Sanitation, dispensaries and jails vaccination Rajputana 1922-1927 - 1922-1927
Year: 1922
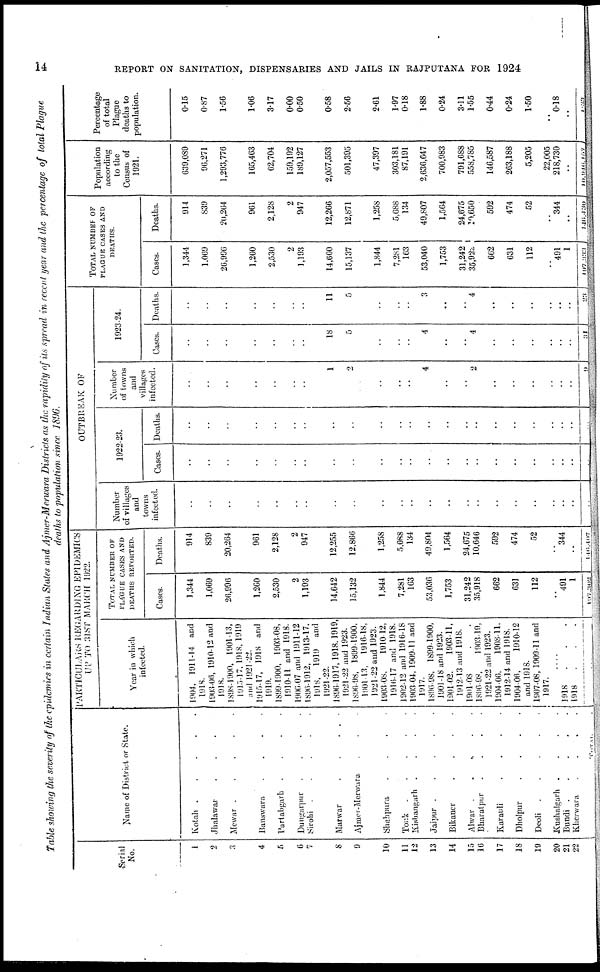
14
REPORT ON SANITATION, DISPENSARIES AND JAILS IN RAJPUTANA FOR 1924
Table showing the severity of the epidemics in certain Indian States and Ajmer-Merwara Districts as the rapidily of its spread in recent year and the percentage of total Plague
deaths to population since 1896.
Serial
No.
1
2
3
4
5
6
7
8
9
10
11
12
13
14
15
16
17
18
19
20
21
22
Name of District or State.
Kotah
Jhalawar ....
Mewar
.
.
.
.
.
Banswara ....
Partabgarh
.
.
.
.
Dungurpur
.
.
.
.
Sirohi
....
Marwar
.....
Ajmer-Merwara ...
Shahpura
.
.
.
.
Tonk
Kishangarh
.
.
.
.
Jaipur
.
.
.
.
.
Bikaner
.
.
.
.
Alwar
......
Bharatpur
.
.
.
.
Karauli
.
.
.
.
Dholpur
.
.
.
.
Deoli
Kushalgarh
.
.
.
.
Bundi
.
.
.
.
.
Kherwara
.
.
.
.
TOTAL.
PARTICULARS REGARDING EPIDEMICS
UP TO 31ST MARCH 1922.
Year in winch
infected.
1904, 1911-14 and
1918.
1903-06, 1910-12 and
1918.
1898-1900, 1901-13,
1915-17, 1918, 1919
and 1921-22.
1915-l7, 1918 and
1919.
1899-1900, 1903-08,
1910-11 and 1918.
1906-07 and 1911-12
1896-1912, 1913-17.
1918,
1919 and
1921-22.
1896-1917,1918.1919,
1921-22 and 1923.
1896-98, 1899-1900,
1901-13, 1916-18,
1921-22 and 1923.
1903-08,
1910-12,
1916-17 and 1918.
1902-12 and 1916-18
1903-04, 1909-11 and
1917.
1896-98, 1899-1900,
1901-18 and 1923.
1901-02.
1903-11,
1912-13 and 1918.
1901-08
1896-98,
1903-19,
1921-22 and 1923.
1904-06
1908-11.
1912-14 and 1918.
1904-06,
1910-12
and 1918.
1907-08, 1909-11 and
1917.
....
1918...
1918...
TOTAL NUMBER OF
PLAGUE CASES AND
DEATHS REPORTED.
Cases.
1,344
1,069
26,996
1,260
2,530
2
1,193
14,642
15,132
1,844
7,281
163
53,036
1,753
31,242
35,918
662
631
112
..
491
1
107,302
Deaths.
914
839
20,264
961
2,128
2
947
12,255
12,866
1,258
5,688
134
49,804
1,564
24,675
10,646
592
474
52
..
344
..
146,107
OUTBREAK OF
Number
of villages
and
towns
infected.
..
..
..
..
..
..
..
..
..
..
..
..
..
..
..
..
..
..
..
..
..
..
..
1922-23.
Cases.
..
..
..
..
..
..
..
..
..
..
..
..
..
..
..
..
..
..
..
..
..
..
..
Deaths.
..
..
..
..
..
..
..
..
..
..
..
..
..
..
..
..
..
..
..
..
..
..
..
Number
of towns
and
villages
infected.
..
..
..
..
..
..
..
1
2
..
..
..
4
..
..
2
..
..
..
..
..
..
9
1923-24.
Cases.
..
..
..
..
..
..
..
18
5
..
..
..
4
..
..
4
..
..
..
..
..
..
31
Deaths.
..
..
..
..
..
..
..
11
5
..
..
..
3
..
..
4
..
..
..
..
..
..
23
TOTAL NUMBER OF
PLAGUE CASES AND
DEATHS.
Cases.
1,344
1,069
26,996
1,260
2,530
2
1,193
14,660
15,137
1,844
7,281
163
53,040
1,753
31,242
35,922
662
631
112
..
491
1
197,333
Deaths.
914
839
20,264
961
2,128
2
947
12,266
12,871
1,258
5,688
134
49,807
1,564
24,675
10,650
592
474
52
..
344
..
146,430
Population
according
to the
Census of
1921.
639,089
96,271
1,293,776
165,463
62,704
159,192
189,127
2,057,553
501,395
47,397
303,181
87,191
2,636,647
700,983
791,688
558,785
146,587
263,188
5,205
22,005
218,730
..
10,946,157
Percentage
of total
Plague
deaths to
population.
0.15
0.87
1.56
1.06
3.17
0.00
0.50
0.58
2.56
2.61
1.97
0.18
1.88
0.24
3.11
1.55
0.44
0.24
1.50
..
0.18
..
1.33